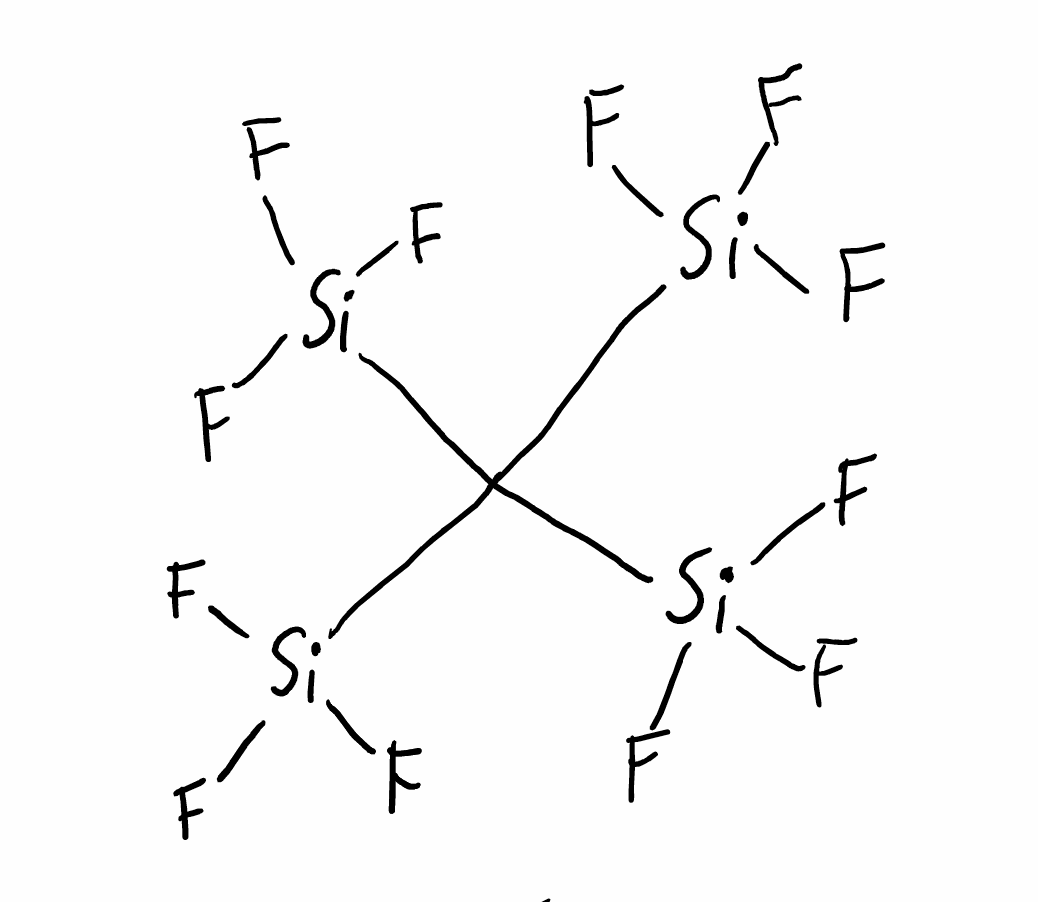
Simplified molecular-input line-entry system (SMILES) notation of the given molecule:
C([Si](F)(F)F)([Si](F)(F)F)([Si](F)(F)F)[Si](F)(F)F